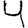
Digit: 4